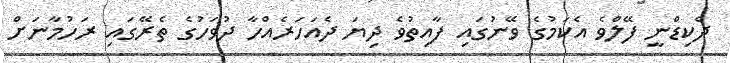
ދެކިޑްނީ ފޭލްވެ އެކަމުގެ ވޭނުގައި ފާއިތުވެ ދިޔަ ދެއަހަރެއްހާ ދުވަހުގެ ތެރޭގައި ރަހުމާނަށް